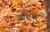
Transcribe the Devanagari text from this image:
वीदर्भा